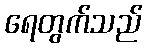
ရေတွက်သည်